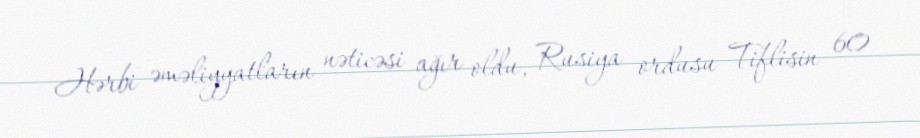
Hərbi əməliyyatların nəticəsi ağır oldu, Rusiya ordusu Tiflisin 60